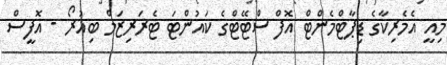
މިއީ އެމެރިކާގެ ޑިޕާޓްމެންޓް އޮފް ސްޓޭޓްގެ ކައުންޓަ ޓެރަރިޒަމް ބިއުރޯ - އޮފީސް